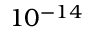
1 0 ^ { - 1 4 }